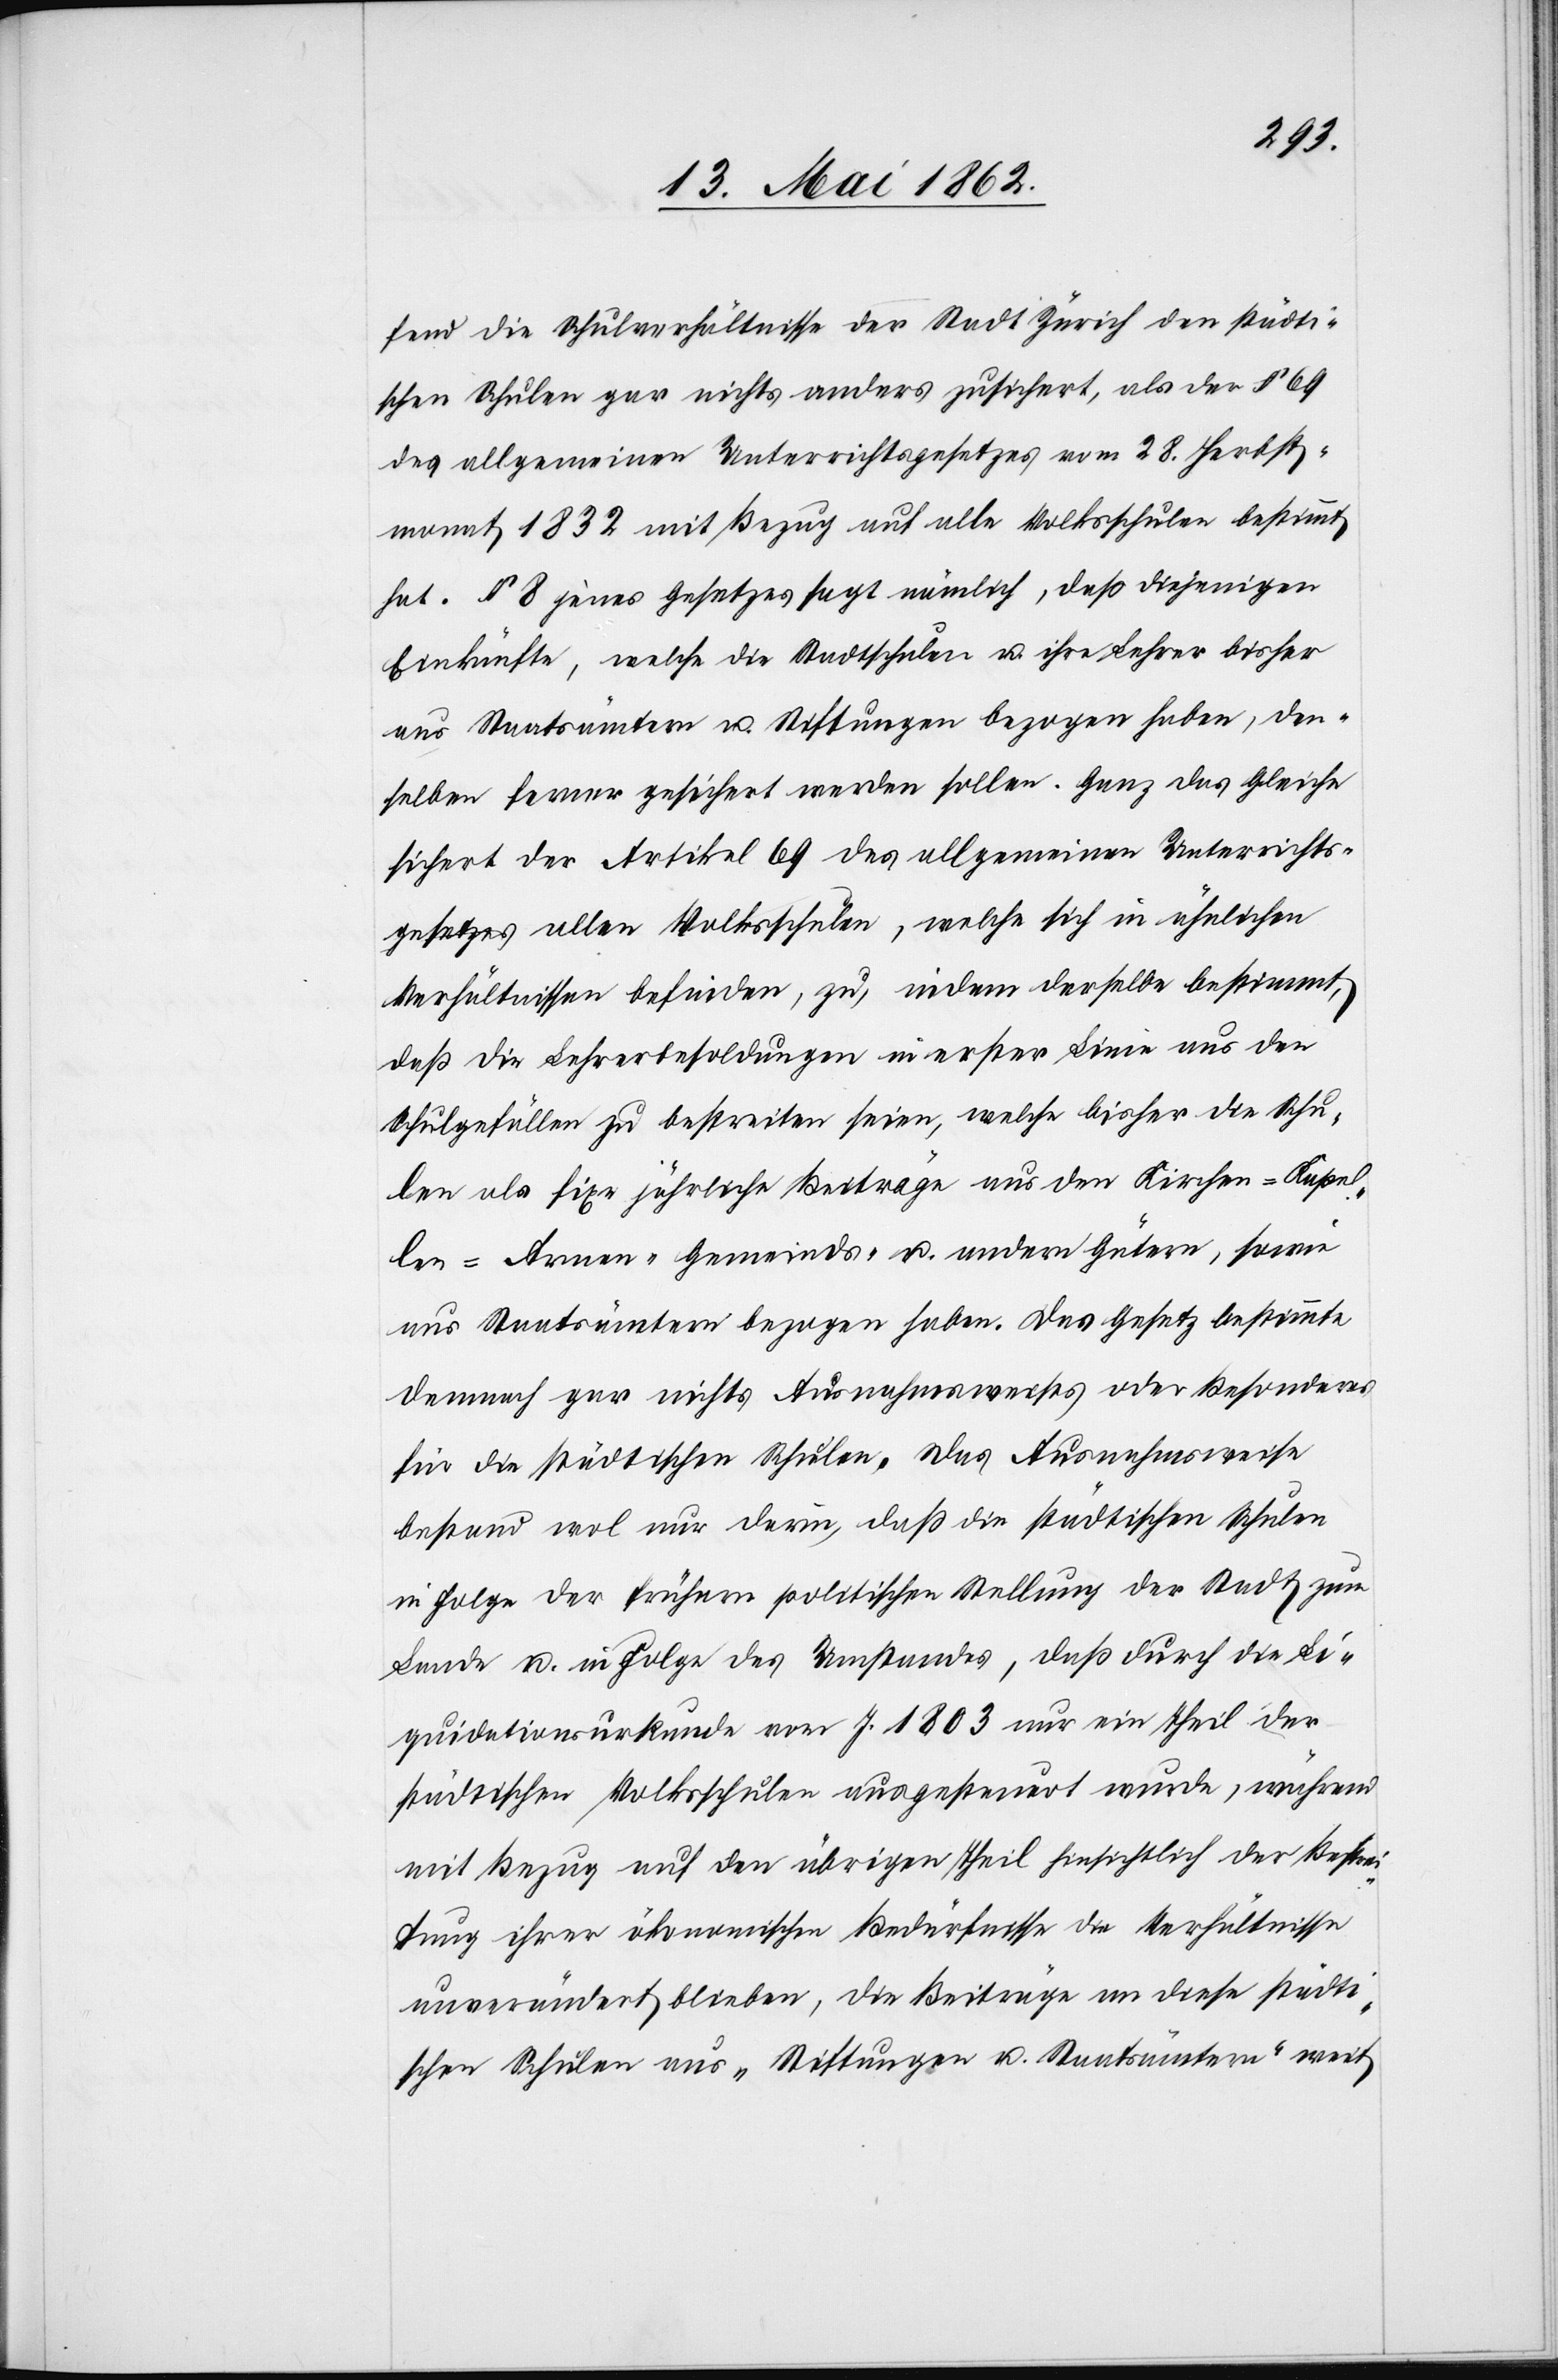
fend die Schulverhältnisse der Stadt Zürich den städti¬
schen Schulen gar nichts anders zugesichert, als der § 69
des allgemeinen Unterrichtsgesetzes vom 28. Herbst¬
monat 1832 mit Bezug auf alle Volksschulen bestimmt
hat. § 8 jenes Gesetzes sagt nämlich, daß diejenigen
Einkünfte, welche die Stadtschulen u. ihre Lehrer bisher
aus Staatsämtern u. Stiftungen bezogen haben, den¬
selben ferner gesichert werden sollen. Ganz das Gleiche
sichert der Artikel 69 des allgemeinen Unterrichts¬
gesetzes allen Volksschulen, welche sich in ähnlichen
Verhältnissen gefunden, zu, indem derselbe bestimmt,
daß die Lehrerbesoldungen in erster Linie aus den
Schulgefällen zu bestreiten seien, welche bisher die Schu¬
len als fixe jährliche Beiträge aus dem Kirchen- Kapel¬
len- Armen- Gemeinds- u. andern Gütern, sowie
aus Staatsämtern bezogen haben. Das Gesetz bestimmte
dennoch gar nichts Ausnahmsweises oder Besonderes
für die städtischen Schulen. Das Ausnahmsweise
bestand wol nur darin, daß die städtischen Schulen
in Folge der frühern politischen Stellung der Stadt zum
Lande u. in Folge des Umstandes, daß durch die Li¬
quidationsurkunde vom J. 1803 nur ein Theil der
städtischen Volksschulen ausgesteuert wurde, während
mit Bezug auf den übrigen Theil hinsichtlich der Bestrei¬
tung ihrer ökonomischen Bedürfnisse die Verhältnisse
unverändert blieben, die Beiträge an diese städti¬
schen Schulen aus „Stiftungen u. Staatsämtern“ weit